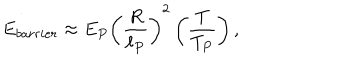
E _ { b a r r i e r } \approx E _ { P } \left( { \frac { R } { \ell _ { P } } } \right) ^ { 2 } \left( { \frac { T } { T _ { P } } } \right) ,